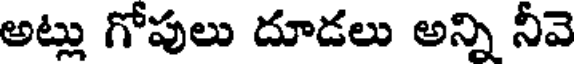
అట్లు గోపులు దూడలు అన్ని నీవె